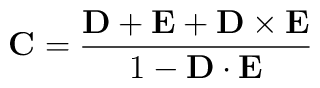
{\bf C} = {{\bf D + E + D\times E}\over 1-{\bf D\cdot E}}